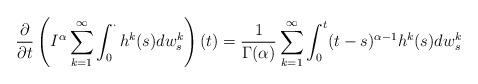
LaTeX: \begin{align*}\frac{\partial}{\partial t}\left(I^{\alpha}\sum_{k=1}^{\infty}\int_{0}^{\cdot}h^{k}(s)dw_{s}^{k}\right)(t)&=\frac{1}{\Gamma(\alpha)}\sum_{k=1}^{\infty}\int_{0}^{t}(t-s)^{\alpha-1}h^{k}(s)dw_{s}^{k}\end{align*}